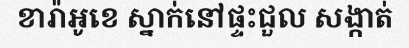
ខារ៉ាអូខេ ស្នាក់នៅផ្ទះជួល សង្កាត់